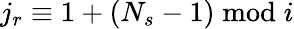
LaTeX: j_{r}\equiv 1+(N_{s}-1)\bmod i